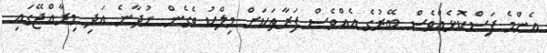
އެންމެ ފަސްކޮޅެއްވެސް ބޭރުގެ އެއްވެސް ފަރާތަކަށް މިލްކު ވެގެން ނުދާނެ އަދި މިރާއްޖޭގައި